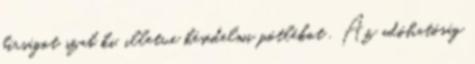
bírságot szab ki, illetve késedelmi pótlékot . Az adóhatóság